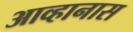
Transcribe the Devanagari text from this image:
आव्हानास